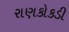
રાણકોકડી